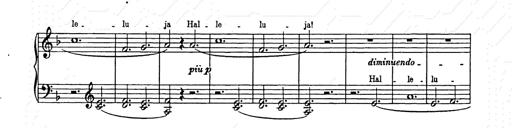
Title: Weihnachtsbaum
Composer: Franz Liszt